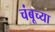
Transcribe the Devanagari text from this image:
चंबूच्या